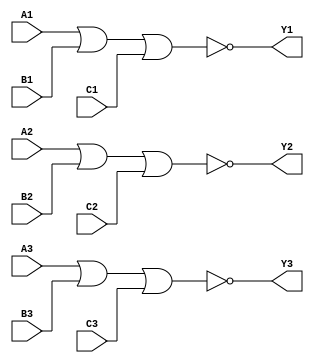


//7427 Triple 3-input NOR gate
module ic_7427(
    Y1, A1, B1, C1,
    Y2, A2, B2, C2,
    Y3, A3, B3, C3);
    output Y1, Y2, Y3;
    input A1, A2, A3;
    input B1, B2, B3;
    input C1, C2, C3;

    assign Y1 = ~(A1 | B1 | C1); 
    assign Y2 = ~(A2 | B2 | C2);
    assign Y3 = ~(A3 | B3 | C3); 

endmodule